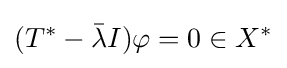
(T^{*}-{\bar {\lambda }}I)\varphi =0\in X^{*}